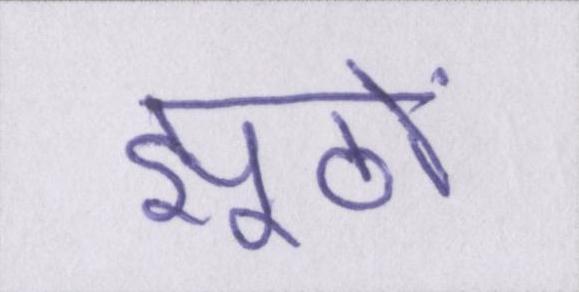
झूठों